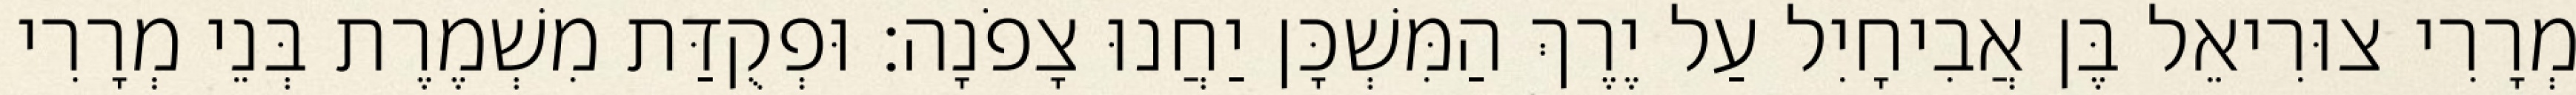
מְרָרִי צוּרִיאֵל בֶּן אֲבִיחָיִל עַל יֶרֶךְ הַמִּשְׁכָּן יַחֲנוּ צָפֹנָה׃ וּפְקֻדַּת מִשְׁמֶרֶת בְּנֵי מְרָרִי